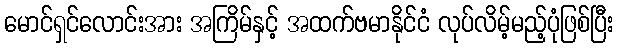
မောင်ရှင်လောင်းအား အကြိမ်နှင့် အထက်ဗမာနိုင်ငံ လုပ်လိမ့်မည့်ပုံဖြစ်ပြီး